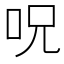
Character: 呪